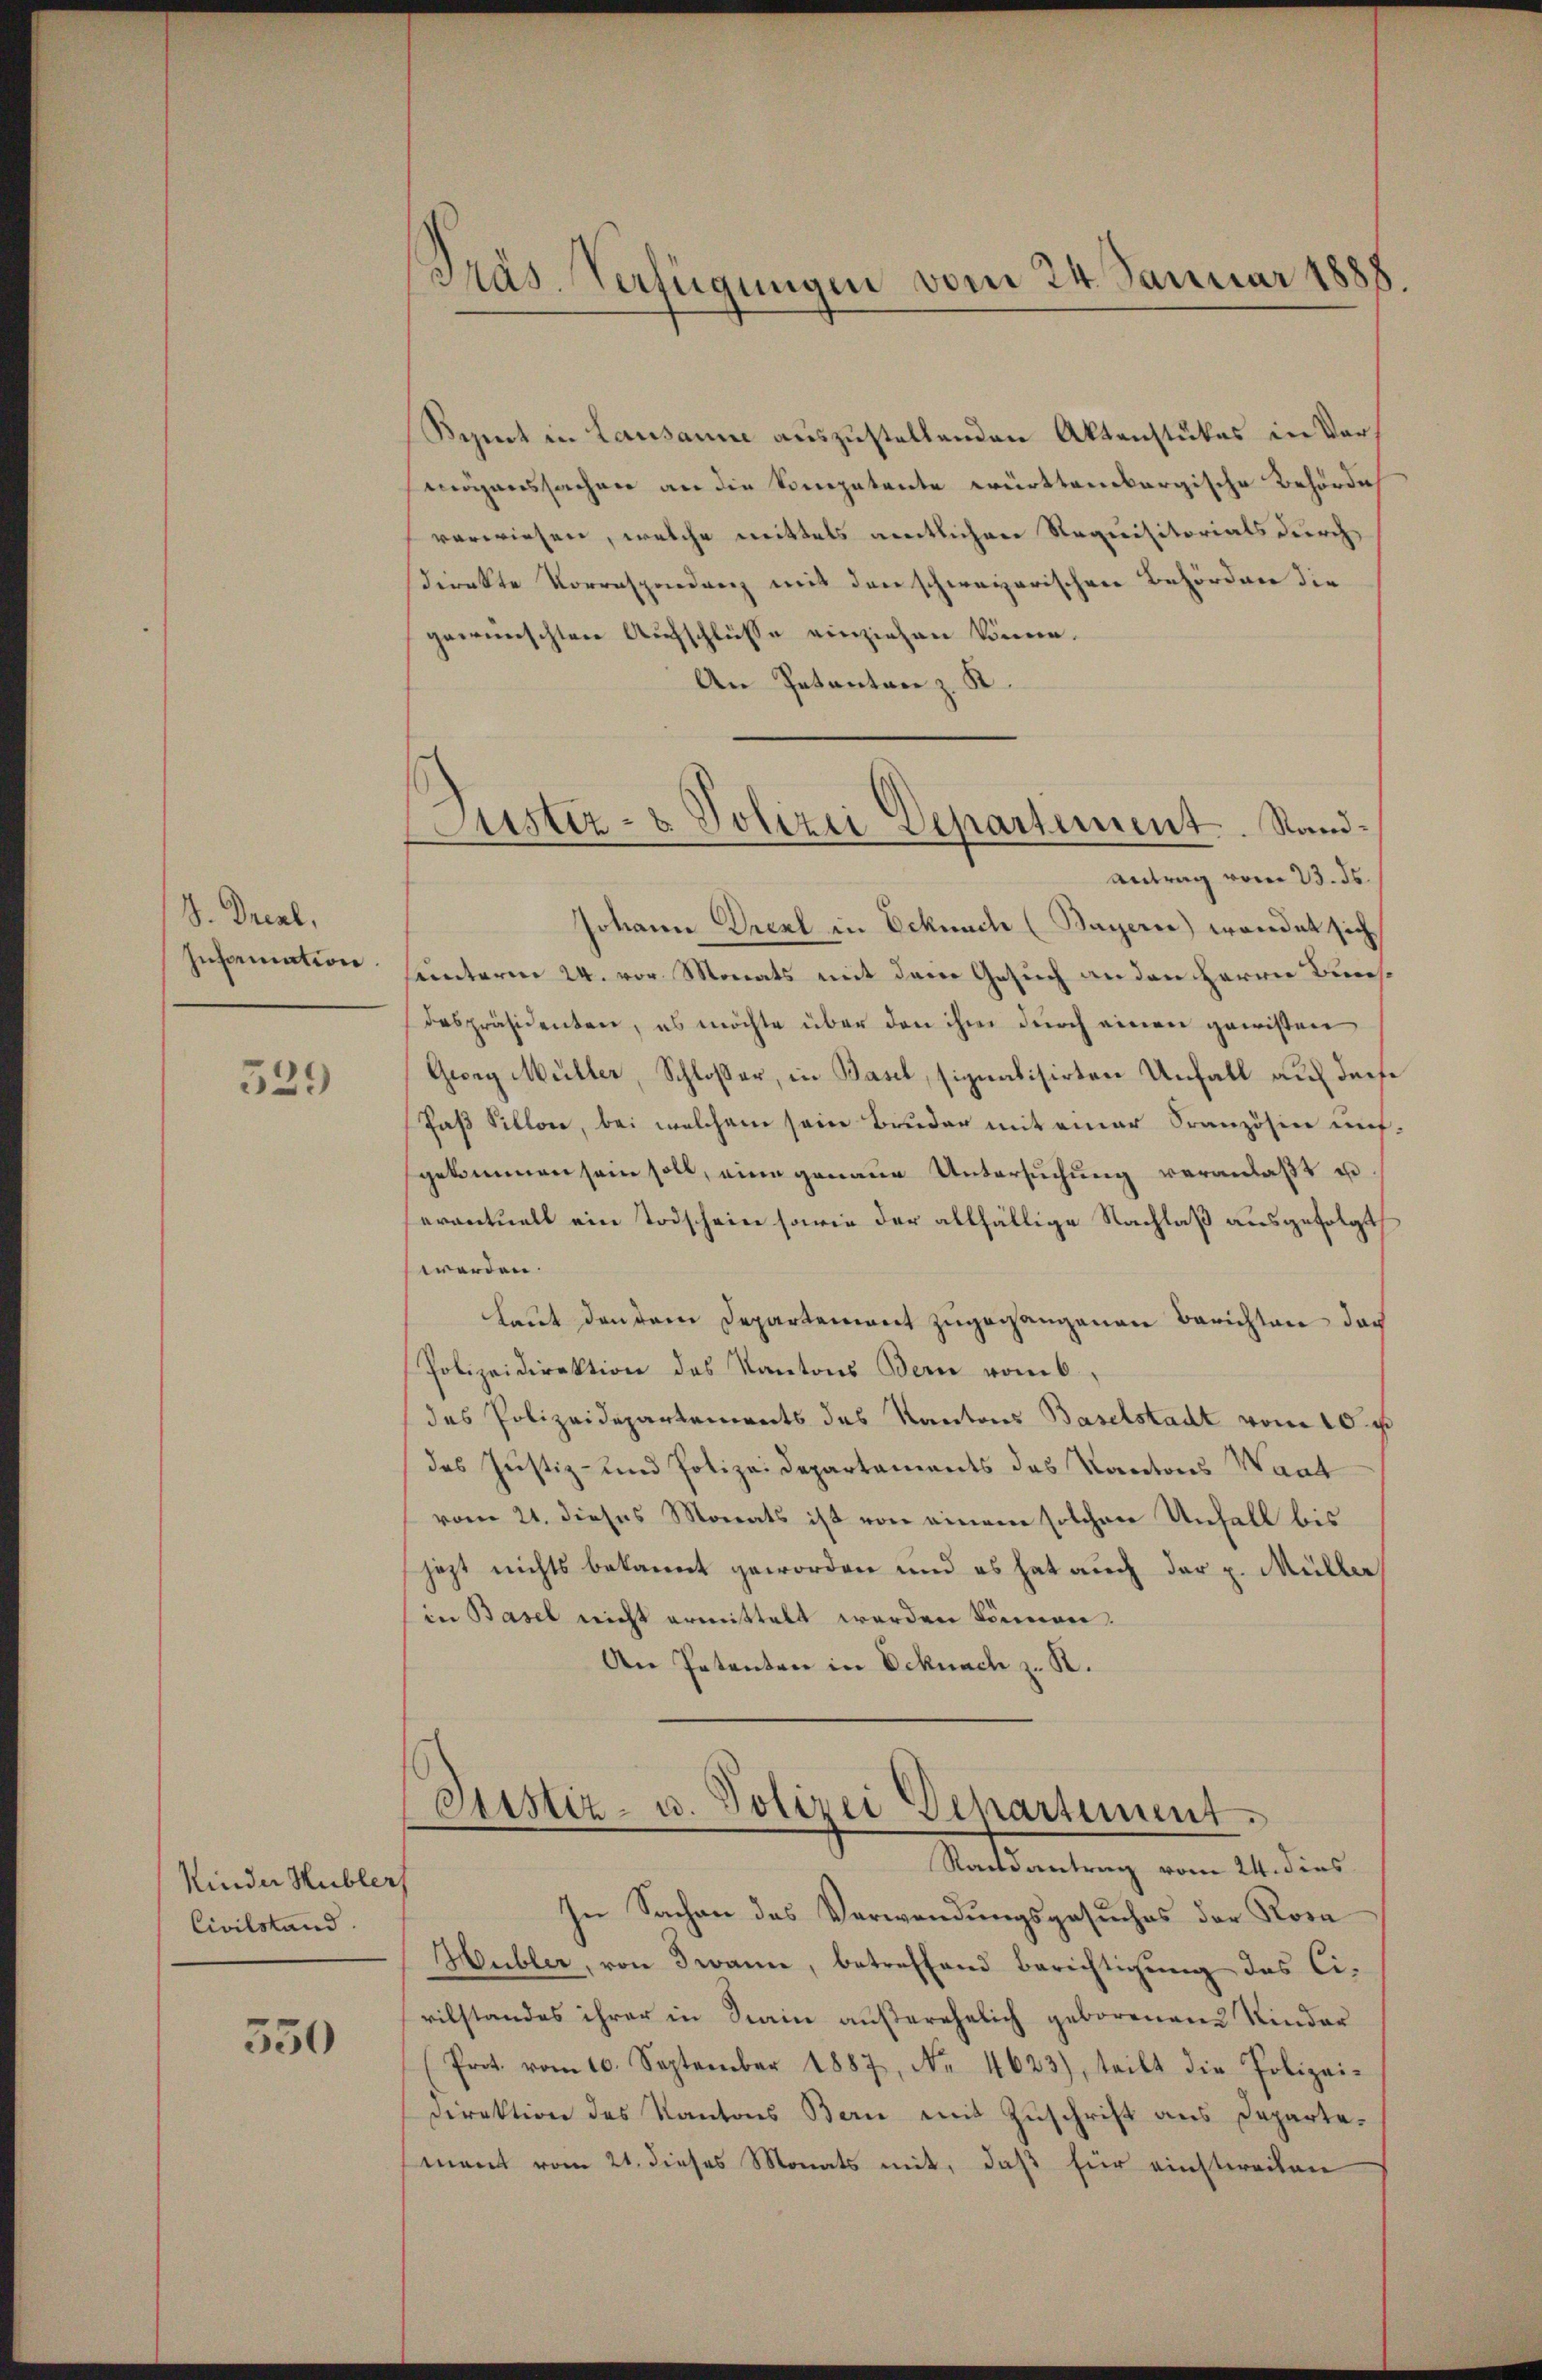
S. Dreal,
Information

539

Kinder Hubler
Civilstand

350

Präs. Verfügungen vom 24. Januar 1888

ustiz- & Polizei Departement. Sand¬

Bezent in Lausanne auszustellenden Aktenstückes in Vormögenssachen an die Kompetente württembergische Behörde
verwiesen, welche mittels amtlichen Requisitorials durch
direkte Vorrespendenz mit den schweizerischen Behörden die
gewünschten Aufschlüsse einziehen könne.
An Iatanten z. K.
Antrag vom 23. ds.
Johann Dreal in Ecknach (Bayerne) wordet sich
hämterm 24. vor Monats mit dem Gesuch an den Herrn Bunsdespräsidenten, es möchte über den ihm durch einen gewissen
Georg Müller, Schloßer, in Basel, signatisirten Unfall auf derse
Paß Sillon, bei welchem sein Bruder mit einer Französen auf
gekommen sein soll, eine genaue Untersuchung veranlaßt u
eventuell ein Todschein sowie der allfällige Nachlaß ausgefolgt,
werden.
laut den dem Departement zugegangenen Berichten doch
Polizeidirektion des Kantons Bern vom 6.
das Polizeidepartenereits des Kantons Baselstadt vom 10. p
des Justiz- und Polizeidepartaments des Kantons Waad
vom 21. dieses Monats ist von einem solchen Unfall bis
jezt nichts bekannt geworden und es hat auch der u. Müller
in Basel nicht ermittelt werden können.
An Petenten in Deknach z. R.
Justiz- u. Polizei Departement.
Raissantrag vom 24. dies
In Sachen das Verwendungsgesuches der Kora
Hubler, von Twann, betreffend Berichtigung des Civilstandes ihrer in Krain außerehelich geborenen Kinder
Prot. vom 10. September 1887, Nr. 4623), teilt die Polizei-
Direktion des Kantons Bern mit Zuschrift aus Departemant vom 21. dieses Monats mit, daß für einstweilen